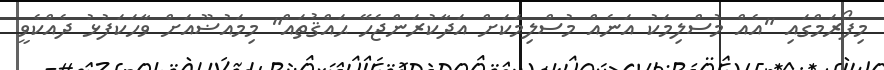
މިފޯރަމްގައި "އެއް މުސްލިމަކު އަނެއް މުސްލިމަކަށް އަދާކުރަންޖެހޭ ޙައްޤުތައް" މިމައުޟޫއަށް ވާހަކަފުޅު ދެއްކެވީ